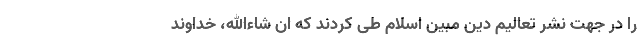
را در جهت نشر تعالیم دین مبین اسلام طی کردند که ان شاءالله، خداوند